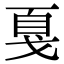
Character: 戛